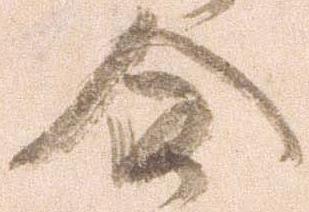
合